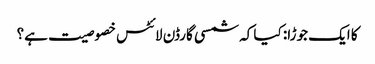
کا ایک جوڑا: کیا کہ شمسی گارڈن لائٹس خصوصیت ہے؟